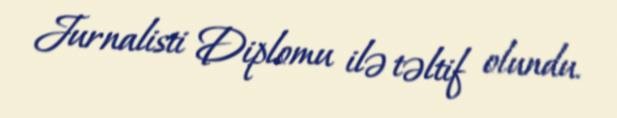
Jurnalisti Diplomu ilə təltif olundu.